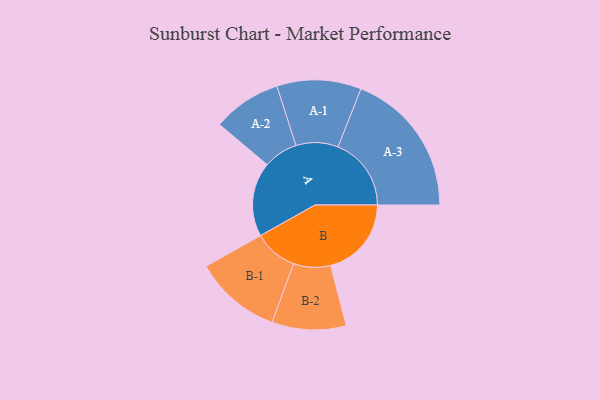
{"axis": {"x": "Segment", "y": "Value"}, "legend": ["", "A", "B"], "data": [{"x": "A", "y": 277, "type": ""}, {"x": "B", "y": 301, "type": ""}, {"x": "A-1", "y": 157, "type": "A"}, {"x": "A-2", "y": 128, "type": "A"}, {"x": "A-3", "y": 273, "type": "A"}, {"x": "B-1", "y": 162, "type": "B"}, {"x": "B-2", "y": 138, "type": "B"}]}